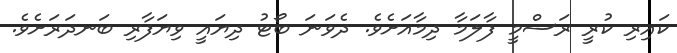
ކައިރި ކުރީ ރަސްމީ ފާލަމާ ދިމާއަށެވެ. ދެވަނަ ބޯޓު ދިޔައީ ވިޔަފާރި ބަނދަރަށެވެ.